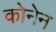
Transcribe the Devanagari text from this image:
कोनेन